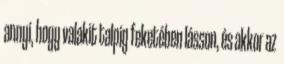
annyi, hogy valakit talpig feketében lásson, és akkor az